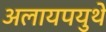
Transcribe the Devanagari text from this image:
अलायपयुथे